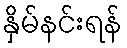
နှိမ်နင်းရန်